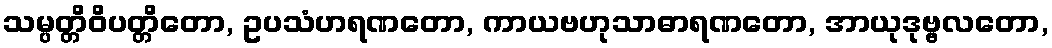
သမ္ပတ္တိဝိပတ္တိတော, ဥပသံဟရဏတော, ကာယဗဟုသာဓာရဏတော, အာယုဒုဗ္ဗလတော,